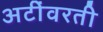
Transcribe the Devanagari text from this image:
अटींवरती